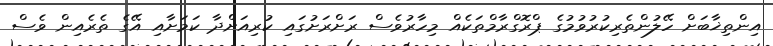
އިންތިޚާބަށް ހޭލުންތެރިކުރުވުމުގެ ޕްރޮގްރާމްތަކެއް މިހާރުވެސް ރަށްރަށުގައި ކުރިއަށްދާ ކަމަށާއި އޭގެ ތެރެއިން ވެސް